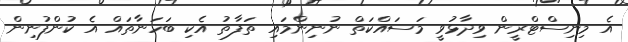
އެ މިނިސްޓްރީން ވިދާޅުވީ މަސައްކަތް ނުނިންމައި ތަފާތު އެކި ބަހަނާތައް އެ ކުންފުނިން